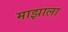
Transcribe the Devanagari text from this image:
माझाला